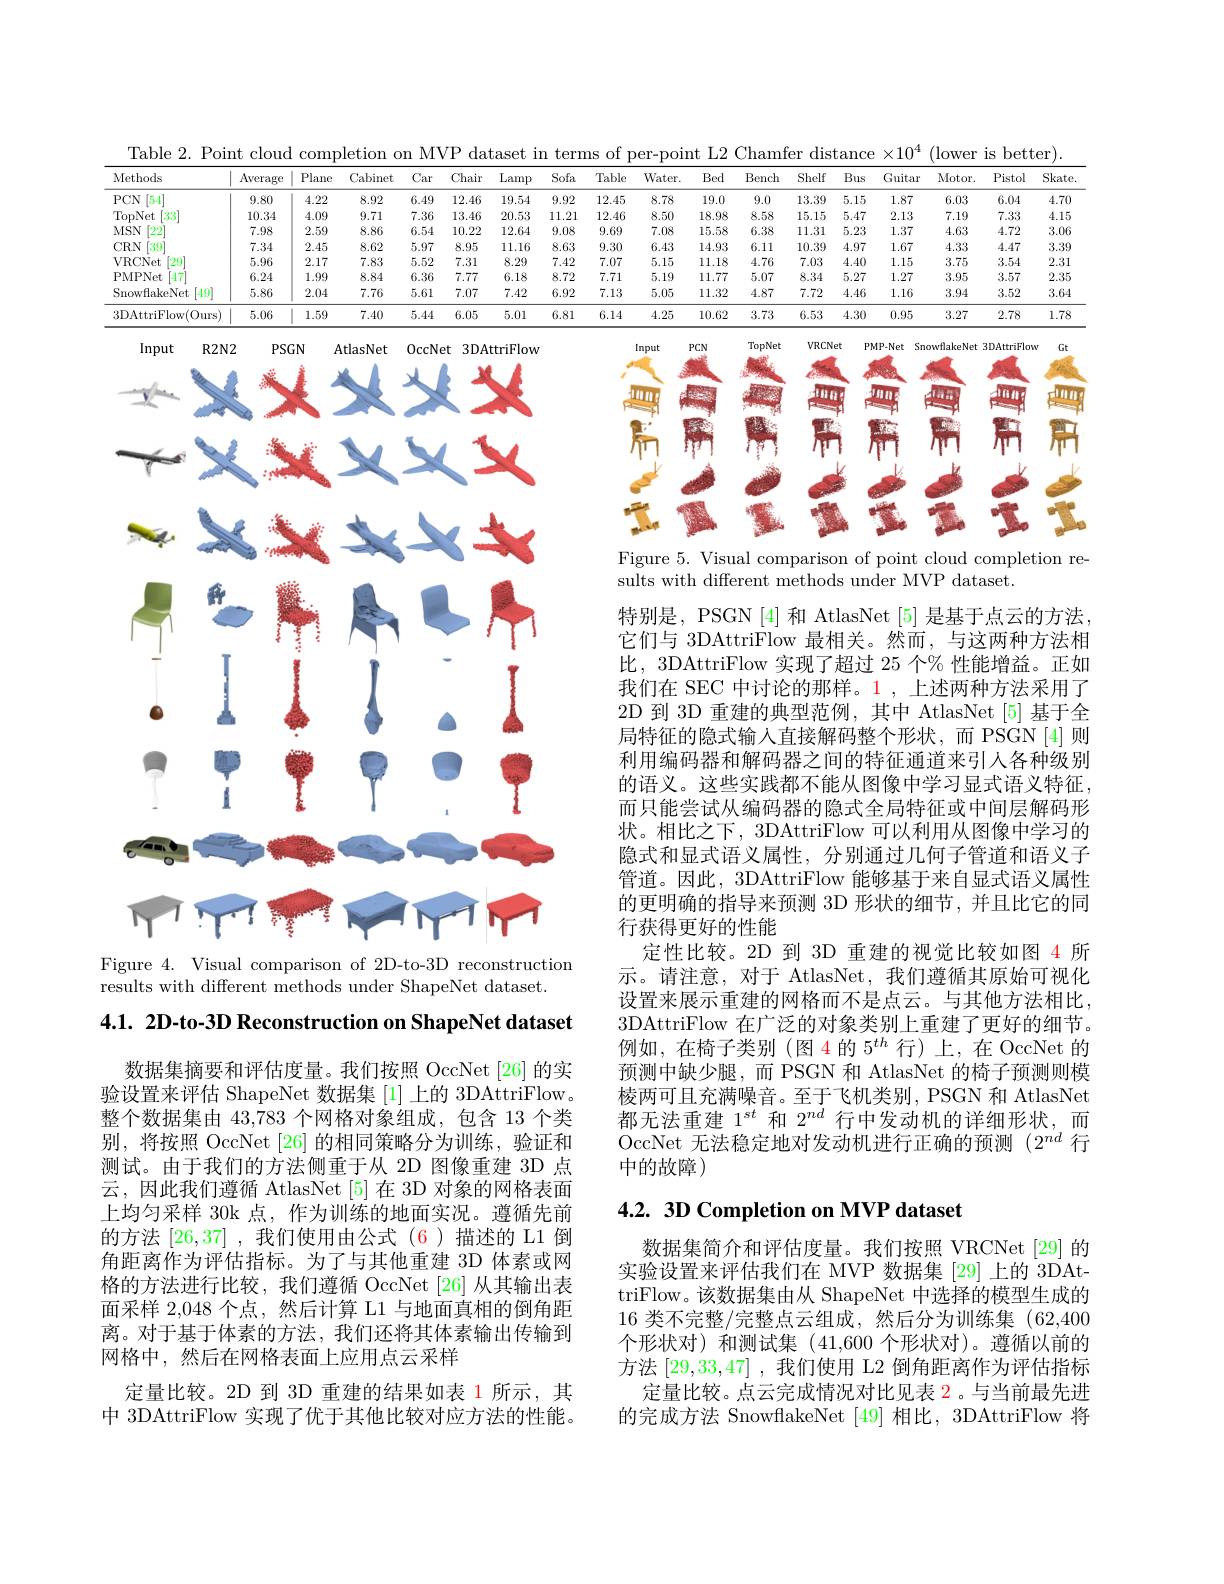
<table>
	<tbody>
		<tr>
			<th>Methods</th>
			<th>Average</th>
			<th>Plane</th>
			<th>Cabinet</th>
			<th>Car</th>
			<th>hair</th>
			<th>Sofa</th>
			<th>Table</th>
			<th>$Water.$</th>
			<th>Bed</th>
			<th>ch Sh$\epsilon$</th>
			<th>$lf$ Bus</th>
			<th>Guitar</th>
			<th>Motor.</th>
			<th>Pistol</th>
			<th>Skat$\epsilon$</th>
		</tr>
		<tr>
			<td>$PCN$ $\begin{bmatrix}54\\0\end{bmatrix}$</td>
			<td>9.80</td>
			<td>4.22</td>
			<td>8.92</td>
			<td>6.49</td>
			<td>2.46</td>
			<td>9.92</td>
			<td>12.45</td>
			<td>8.78</td>
			<td>19.0</td>
			<td>$\textcircled{1}$ 13.:</td>
			<td>9 5.1</td>
			<td>1.87</td>
			<td>6.03</td>
			<td>6.04</td>
			<td>4.70</td>
		</tr>
		<tr>
			<td>$\operatorname{TopNet}$ $\begin{bmatrix}3.3\\3.3\end{bmatrix}$</td>
			<td>10.34</td>
			<td>4.09</td>
			<td>9.71</td>
			<td>7.36</td>
			<td>3.46</td>
			<td>11.21</td>
			<td>12.46</td>
			<td>8.50</td>
			<td>18.98</td>
			<td>.8 15.</td>
			<td>5 5.47</td>
			<td>2.13</td>
			<td>7.19</td>
			<td>7.33</td>
			<td>4.15</td>
		</tr>
		<tr>
			<td>$MSN$ $[222^{\prime}$</td>
			<td>7.98</td>
			<td>2.59</td>
			<td>8.86</td>
			<td>6.54</td>
			<td>0.22</td>
			<td>9.08</td>
			<td>9.69</td>
			<td>7.08</td>
			<td>15.58</td>
			<td>:8 11.</td>
			<td>5.2 1</td>
			<td>1.37</td>
			<td>4.63</td>
			<td>4.72</td>
			<td>3.06</td>
		</tr>
		<tr>
			<td>$CRN$ $139^{\circ}$</td>
			<td>7.34</td>
			<td>2.45</td>
			<td>8.62</td>
			<td>5.97</td>
			<td>3.95</td>
			<td>8.63</td>
			<td>9.30</td>
			<td>6.43</td>
			<td>14.93</td>
			<td>1 10.</td>
			<td>9 4.97</td>
			<td>1.67</td>
			<td>4.33</td>
			<td>4.47</td>
			<td>3.39</td>
		</tr>
		<tr>
			<td>VRCNet $[29]^{*}$</td>
			<td>5.96</td>
			<td>2.17</td>
			<td>7.83</td>
			<td>5.52</td>
			<td>.31</td>
			<td>7.42</td>
			<td>7.07</td>
			<td>5.15</td>
			<td>11.18</td>
			<td>$'6$ 7.0</td>
			<td>4.4( 3</td>
			<td>1.15</td>
			<td>3.75</td>
			<td>3.54</td>
			<td>2.31</td>
		</tr>
		<tr>
			<td>PMPNet [47</td>
			<td>6.24</td>
			<td>1.99</td>
			<td>8.84</td>
			<td>6.36</td>
			<td>.77</td>
			<td>8.72</td>
			<td>7.71</td>
			<td>5.19</td>
			<td>11.77</td>
			<td>8.3 17</td>
			<td>5.27 1</td>
			<td>1.27</td>
			<td>3.95</td>
			<td>3.57</td>
			<td>2.35</td>
		</tr>
		<tr>
			<td>SnowfakeNet [49]</td>
			<td>5.86</td>
			<td>2.04</td>
			<td>7.76</td>
			<td>5.61</td>
			<td>.07</td>
			<td>6.92</td>
			<td>7.13</td>
			<td>5.05</td>
			<td>11.32</td>
			<td>:7 7.7</td>
			<td>4.4 2</td>
			<td>1.16</td>
			<td>3.94</td>
			<td>3.52</td>
			<td>3.64</td>
		</tr>
		<tr>
			<td>3DAtriFlow(Ours)</td>
			<td>5.06</td>
			<td>1.59</td>
			<td>7.40</td>
			<td>5.44</td>
			<td>$i.05$</td>
			<td>6.81</td>
			<td>6.14</td>
			<td>4.25</td>
			<td>10.62</td>
			<td>3 6.5</td>
			<td>4.3( 3</td>
			<td>0.95</td>
			<td>3.27</td>
			<td>2.78</td>
			<td>1.78</td>
		</tr>
	</tbody>
</table>

<FigureHere>
Figure 5. Visual comparison of point cloud completion re-

sults with different methods under MVP dataset.

<FigureHere>
Figure 4. Visual comparison of 2D-to-3D reconstruction

特别是，PSGN [4] 和 AtlasNet [5] 是基于点云的方法它们与 3DAttriFlow 最相关。然而，与这两种方法相比，3DAttriFlow 实现了超过 25 个% 性能增益。正如我们在 SEC 中讨论的那样。1,上述两种方法采用了2D 到 3D 重建的典型范例，其中 AtlasNet[5] 基于全局特征的隐式输入直接解码整个形状，而 PSGN[4]则利用编码器和解码器之间的特征通道来引人各种级别的语义。这些实践都不能从图像中学习显式语义特征， 而只能尝试从编码器的隐式全局特征或中间层解码形状。相比之下，3DAttriFlow 可以利用从图像中学习的隐式和显式语义属性，分别通过几何子管道和语义子管道。因此，3DAttriFlow 能够基于来自显式语义属性的更明确的指导来预测 3D 形状的细节，并且比它的同行获得更好的性能
定性比较。2D 到 3D 重建的视觉比较如图 4 所示。请注意，对于 AtlasNet,我们遵循其原始可视化设置来展示重建的网格而不是点云。与其他方法相比， 3DAttriFlow 在广泛的对象类别上重建了更好的细节。例如，在椅子类别(图 4的 5$^th$行)上，在 OccNet 的预测中缺少腿，而 PSGN 和 AtlasNet 的椅子预测则模棱两可且充满噪音。至于飞机类别，PSGN 和 AtlasNet 都无法重建 1$^{st}$和 2$^{nd}$行中发动机的详细形状，而OccNet 无法稳定地对发动机进行正确的预测$(2^{nd}$行中的故障)

results with different methods under ShapeNet dataset.

4.1. 2D-to-3D Reconstruction on ShapeNet dataset

## $4. 2. 3\mathbf{D} \textbf{Completion on MVP dataset}$

数据集摘要和评估度量。我们按照 OccNet [26] 的实验设置来评估 ShapeNet 数据集 [1] 上的 3DAttriFlow。整个数据集由 43,783 个网格对象组成，包含 13 个类别，将按照 OccNet [26] 的相同策略分为训练，验证和测试。由于我们的方法侧重于从 2D 图像重建 3D 点云，因此我们遵循 AtlasNet[5]在 3D 对象的网格表面上均匀采样 30k 点，作为训练的地面实况。遵循先前的方法[26,37] ,我们使用由公式 (6)描述的 L1 倒角距离作为评估指标。为了与其他重建 3D 体素或网格的方法进行比较，我们遵循 OccNet [26] 从其输出表面采样 2,048 个点，然后计算 L1 与地面真相的倒角距离。对于基于体素的方法，我们还将其体素输出传输到网格中，然后在网格表面上应用点云采样
定量比较。2D 到 3D 重建的结果如表 1 所示，其中 3DAttriFlow 实现了优于其他比较对应方法的性能。

数据集简介和评估度量。我们按照 VRCNet[29] 的实验设置来评估我们在 MVP 数据集 [29] 上的 3DAttriFlow。该数据集由从 ShapeNet 中选择的模型生成的16 类不完整/完整点云组成，然后分为训练集(62,400个形状对)和测试集(41,600 个形状对)。遵循以前的方法[29,33,47] ,我们使用 L2 倒角距离作为评估指标
定量比较。点云完成情况对比见表 2。与当前最先进的完成方法 SnowflakeNet [49]相比，3DAttriFlow 将